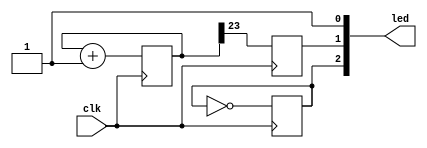
`timescale 1ns / 1ps 

module led_blink(
    input clk,
    output [3:0] led 
    );  
    
// led 0 
reg data = 1'b1;
reg [32:0] counter;
reg [32:0] count;
reg state;
reg toggle;

assign led[0] = data;   // static value of led 
assign led[1] = state;  // blinker    
assign led[2] = toggle; // 50% brightness
        
always @ (posedge clk) 
begin
    counter <= counter + 1;
    count <= count + 1;

    //led 0
    state <= count[23];

    //led 2
    toggle <= ~toggle;
    
end

endmodule